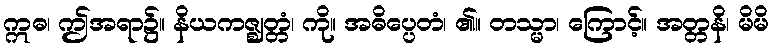
ဣဓ၊ ဤအရာ၌။ နိယကဇ္ဈတ္တံ၊ ကို။ အဓိပ္ပေတံ၊ ၏။ တသ္မာ၊ ကြောင့်။ အတ္တနိ၊ မိမိ